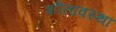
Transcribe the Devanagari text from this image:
शीतावस्था